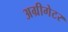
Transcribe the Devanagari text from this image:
अग्रीगेटर